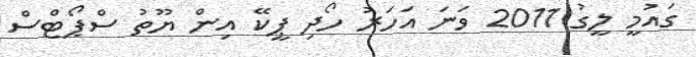
ގައުމީ ލީގު 2011 ވަނަ އަހަރު ހޯދި ޕީކޭ އިން ޔޫތު ސްޕޯޓްސް